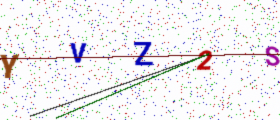
Text: YVZ2S